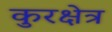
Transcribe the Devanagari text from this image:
कुरक्षेत्र